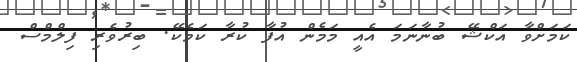
ކަމަށްވާ އަކްޝޭ ބުނާނަމަ އެއީ މަމެން އުފާ ކުރާ ކަމެކޭ. ބިރުވެރި ފިލްމްސް